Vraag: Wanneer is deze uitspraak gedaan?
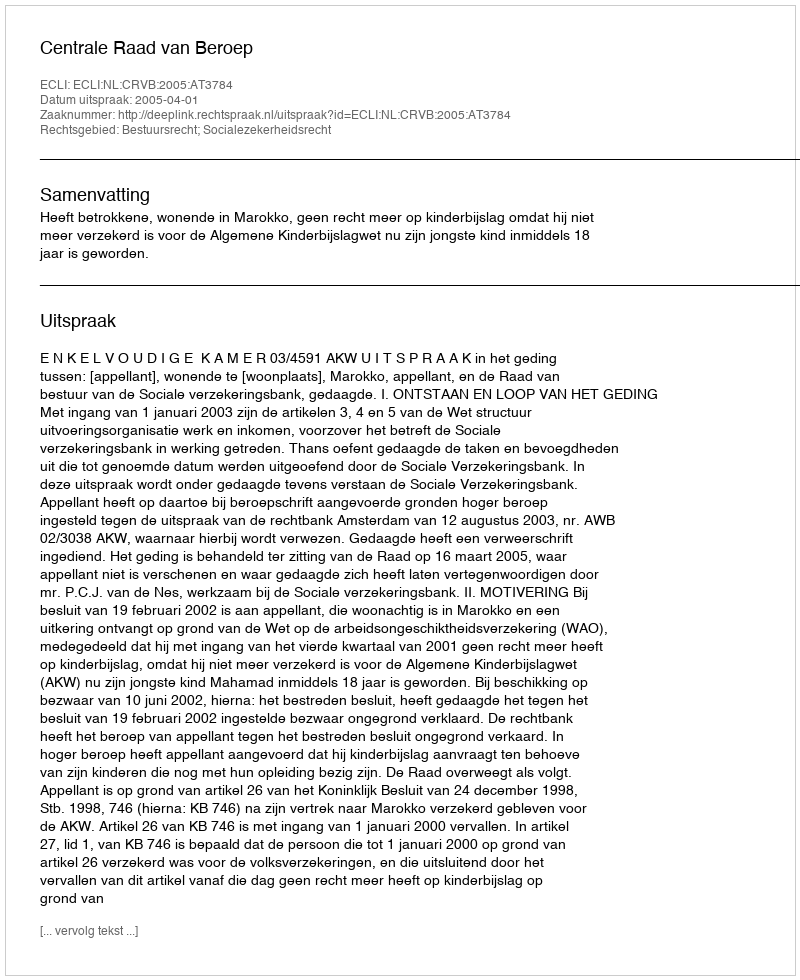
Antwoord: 2005-04-01